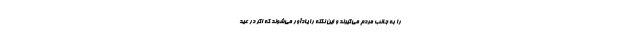
را به جانب مردم می‌گیرند و این نکته را یادآور می‌شوند که اگر در عید